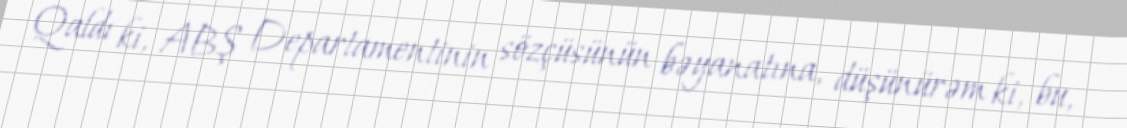
Qaldı ki, ABŞ Departamentinin sözçüsünün bəyanatına, düşünürəm ki, bu,